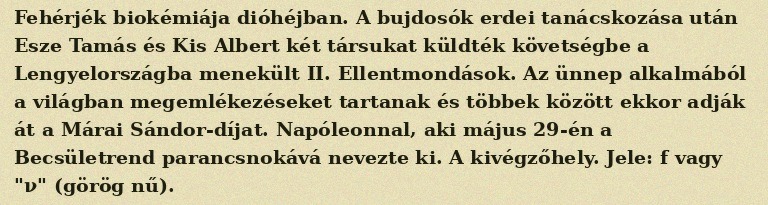
Fehérjék biokémiája dióhéjban. A bujdosók erdei tanácskozása után Esze Tamás és Kis Albert két társukat küldték követségbe a Lengyelországba menekült II. Ellentmondások. Az ünnep alkalmából a világban megemlékezéseket tartanak és többek között ekkor adják át a Márai Sándor-díjat. Napóleonnal, aki május 29-én a Becsületrend parancsnokává nevezte ki. A kivégzőhely. Jele: f vagy "ν" (görög nű).